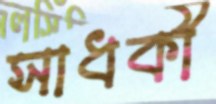
সাধকী